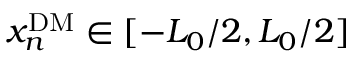
x _ { n } ^ { \mathrm { D M } } \in [ - L _ { 0 } / 2 , L _ { 0 } / 2 ]